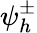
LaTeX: \psi_{h}^{\pm}